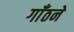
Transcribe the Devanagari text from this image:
गाँठने